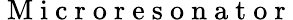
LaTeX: \mathrm{~M~i~c~r~o~r~e~s~o~n~a~t~o~r~}